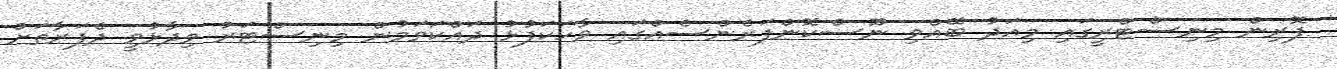
ފޮރިން މިނިސްޓްރީގައި މިއަދު ބޭއްވި ނޫސްކޮންފަރެންސެއްގައި ވާހަކަފުޅު ދައްކަވަމުން މިނިސްޓަރު ވިދާޅުވީ ދެފަރާތަށް